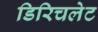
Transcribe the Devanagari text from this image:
डिरिचलेट